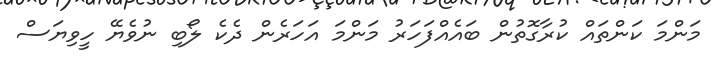
މަންމަ ކަންތައް ކުރާގޮތުން ބައެއްފަހަރު މަންމަ އަހަރެން ދެކެ ލޯބި ނުވެޔޭ ހީވިޔަސް